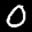
Label: 0